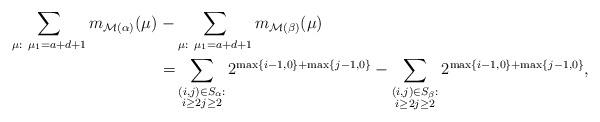
LaTeX: \begin{align*}\sum_{\mu: \ \mu_1=a+d+1} m_{\mathcal{M}(\alpha)}(\mu) \ -&\sum_{\mu: \ \mu_1=a+d+1} m_{\mathcal{M}(\beta)}(\mu)\\=&\sum_{\substack{(i,j)\in S_\alpha:\\i\geq 2j\geq 2}}2^{\max\{i-1,0\}+\max\{j-1,0\}}-\sum_{\substack{(i,j)\in S_\beta:\\i\geq 2j\geq 2}}2^{\max\{i-1,0\}+\max\{j-1,0\}},\end{align*}